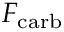
F _ { \mathrm { c a r b } }